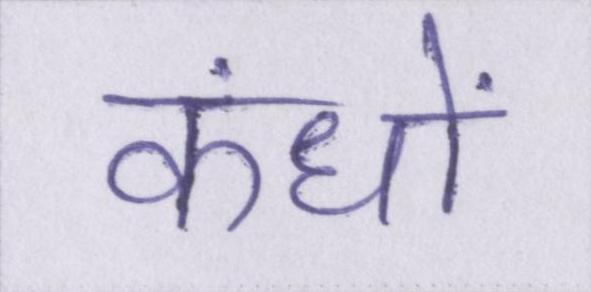
कंधों